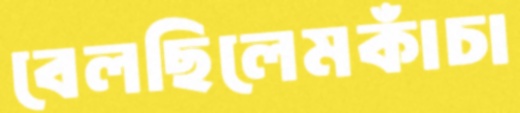
বেলছিলেমকাঁচা